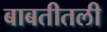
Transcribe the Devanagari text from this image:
बाबतीतली